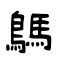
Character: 鷌